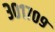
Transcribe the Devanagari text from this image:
३०१७०९